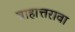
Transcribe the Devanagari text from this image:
त्राहात्तरावा